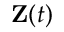
\mathbf { Z } ( t )